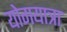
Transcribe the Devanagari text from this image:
योगयात्रा